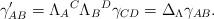
LaTeX: \begin{align*}\gamma _{AB}^{\prime }=\Lambda _{A}{}^{C}\Lambda _{B}{}^{D}\gamma_{CD}=\Delta _{{\small \Lambda }}\gamma _{AB}. \end{align*}